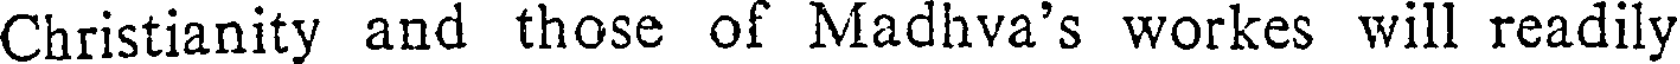
Christianity and those of Madhva's workes will readily